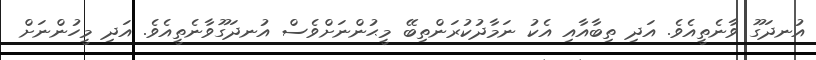
އުނދަގޫ ވާނެތީއެވެ. އަދި ތިބާއާއި އެކު ނަމާދުކުރަންތިބޭ މީޙުންނަށްވެސް އުނދަގޫވާނެތީއެވެ. އަދި މީހުންނަށް